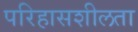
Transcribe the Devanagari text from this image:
परिहासशीलता